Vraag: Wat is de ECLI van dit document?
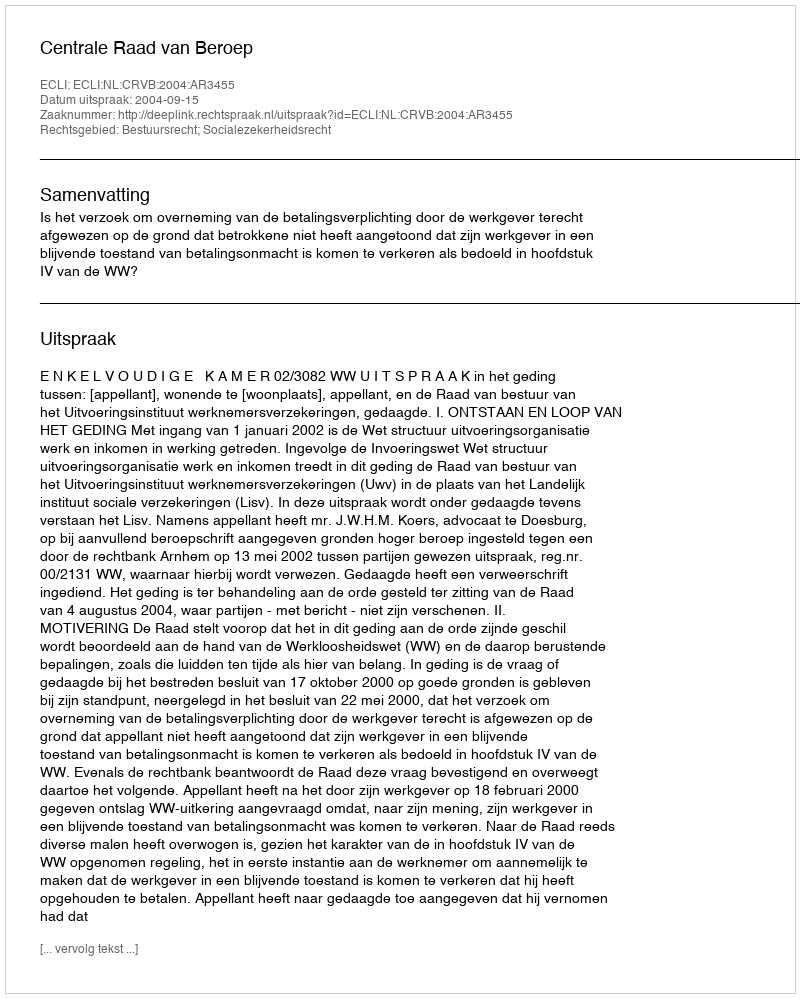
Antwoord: ECLI:NL:CRVB:2004:AR3455